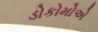
ડોકોમોએ